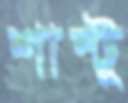
শান্টু